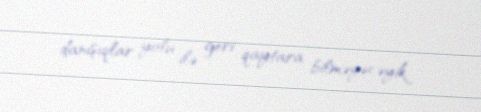
danışıqlar yolu ilə geri qaytara bilməyəcəyik.